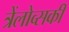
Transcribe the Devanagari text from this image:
त्रेंलोव्सकी